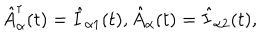
\hat { A } _ { \alpha } ^ { \dagger } ( t ) = \hat { I } _ { \alpha 1 } ( t ) , \hat { A } _ { \alpha } ( t ) = \hat { I } _ { \alpha 2 } ( t ) ,